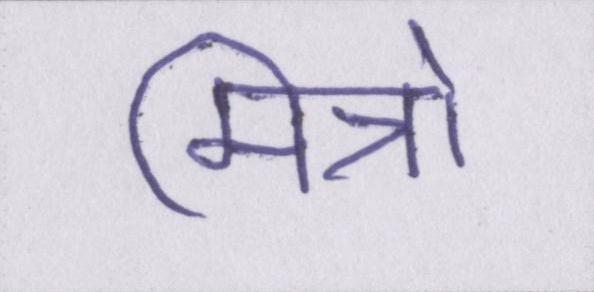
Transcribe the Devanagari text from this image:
मित्रो